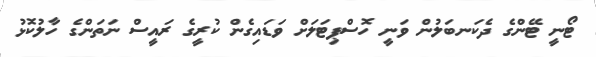
ޓޯނީ ޓޭންގެ ދެކަނބަލުން ވަނީ ހޮސްޕިޓަލަށް ވަޑައިގެން ކުރީގެ ރައީސް ނަތަންގެ ހާލުކޮޅު